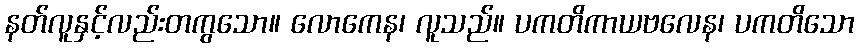
နတ်လူနှင့်လည်းတကွသော။ လောကေန၊ လူသည်။ ပကတိကာယဗလေန၊ ပကတိသော